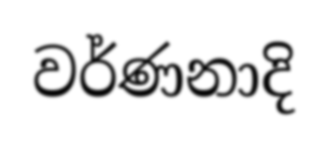
වර්ණනාදි